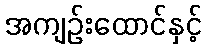
အကျဉ်းထောင်နှင့်